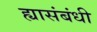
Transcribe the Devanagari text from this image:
ह्यासंबंधी